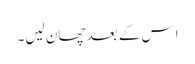
اِس کے بعد چھان لیں۔